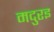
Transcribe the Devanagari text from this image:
मदुरइ